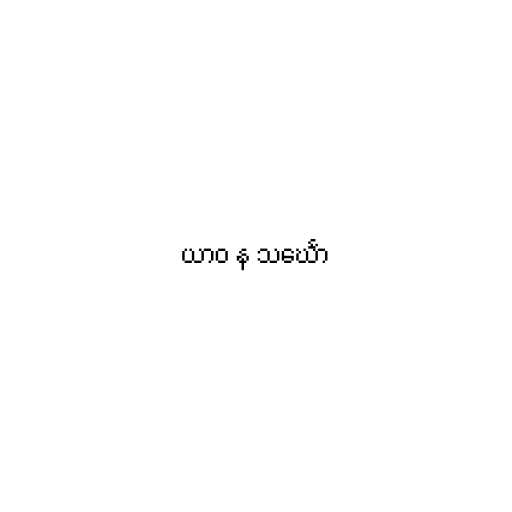
ယာဝ န သင်္ဃော